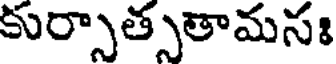
కుర్సాత్సతామసః